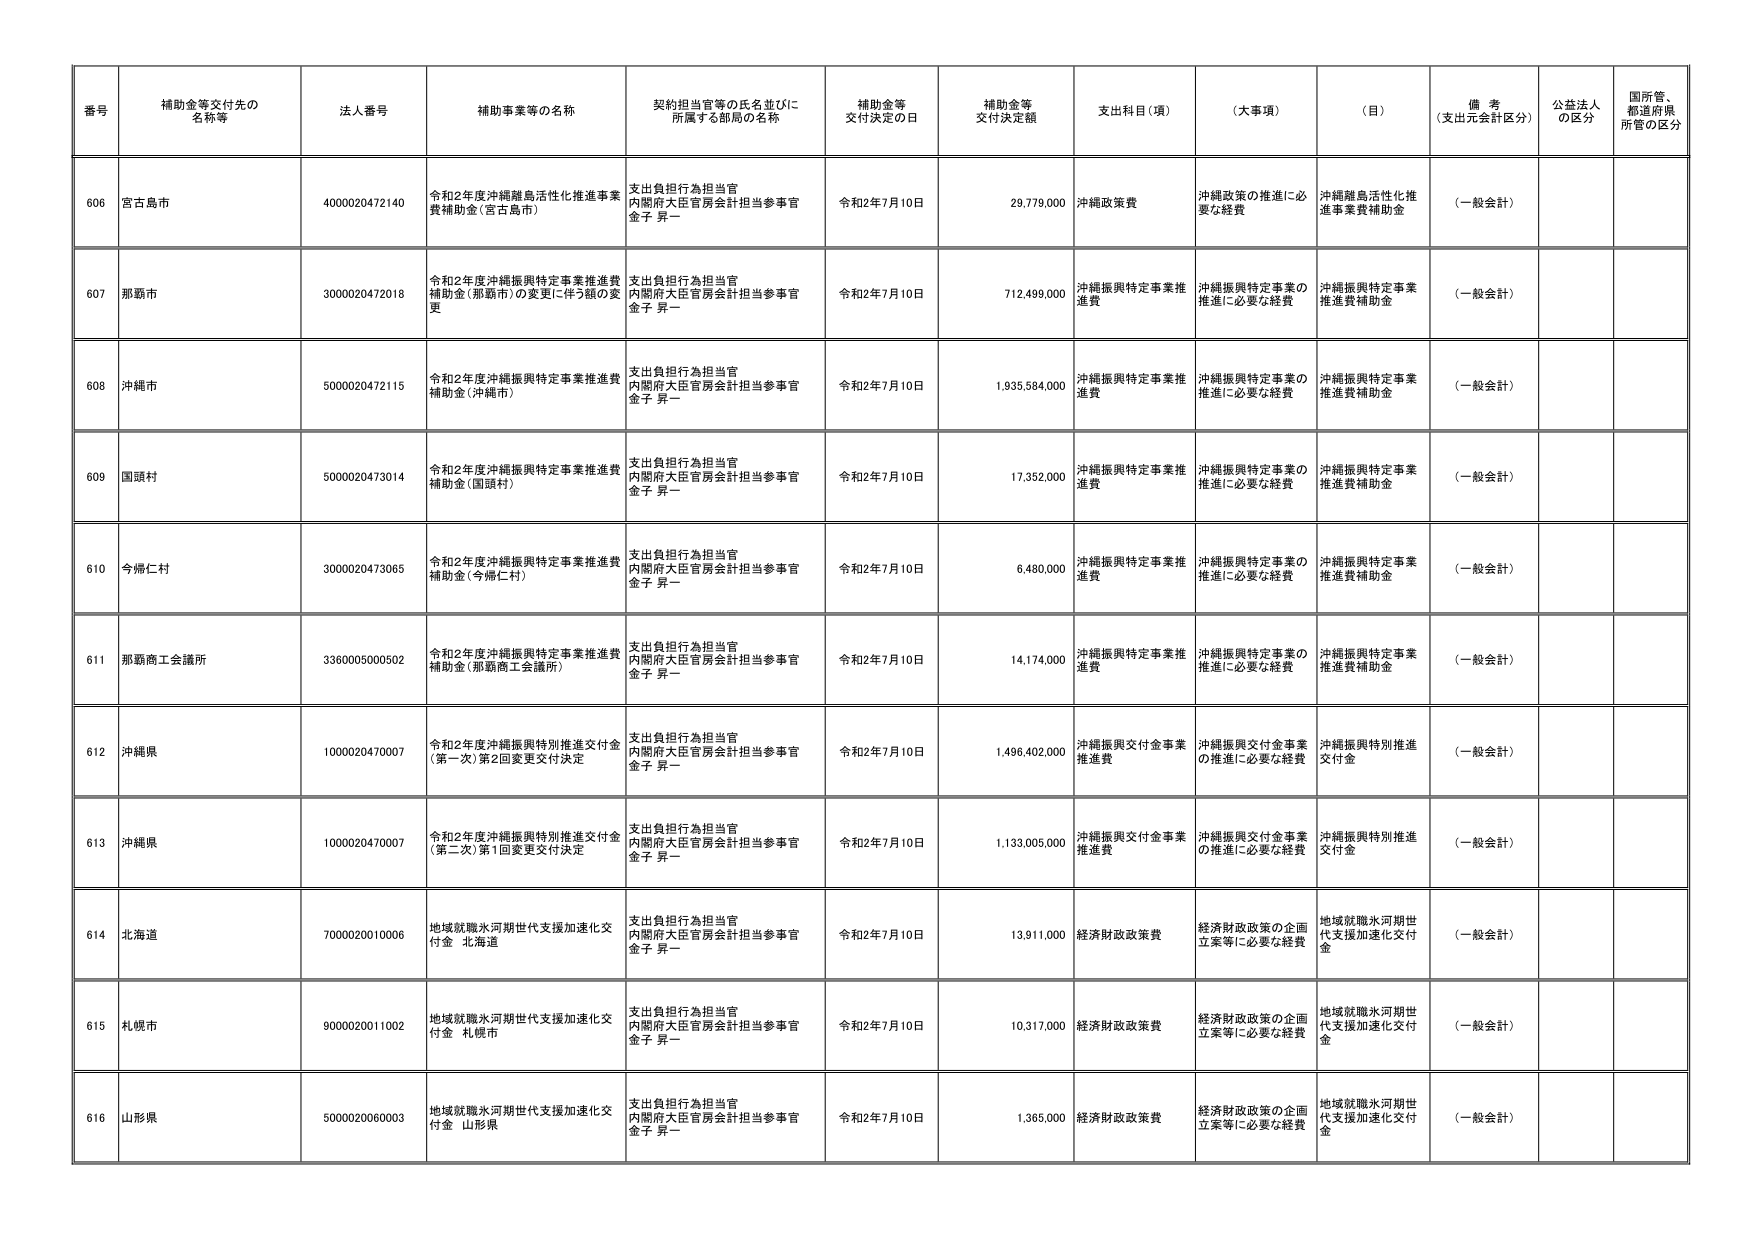
番号 補助金等交付先の名称等 法人番号 補助事業等の名称 契約担当官等の氏名並びに所属する部局の名称 補助金等交付決定の日 補助金等交付決定額 支出科目（項） （大事項） （目） 備考（支出元会計区分） 公益法人の区分 国所管、都道府県所管の区分
606 宮古島市 4000020472140 令和2年度沖縄離島活性化推進事業費補助金（宮古島市） 支出負担行為担当官 内閣府大臣官房会計担当参事官 金子 昇一 令和2年7月10日 29,779,000 沖縄政策費 沖縄政策の推進に必要な経費 沖縄離島活性化推進事業費補助金 （一般会計）
607 那覇市 3000020472018 令和2年度沖縄振興特定事業推進費補助金（那覇市）の変更に伴う額の変更 支出負担行為担当官 内閣府大臣官房会計担当参事官 金子 昇一 令和2年7月10日 712,499,000 沖縄振興特定事業推進費 沖縄振興特定事業の推進に必要な経費 沖縄振興特定事業推進費補助金 （一般会計）
608 沖縄市 5000020472115 令和2年度沖縄振興特定事業推進費補助金（沖縄市） 支出負担行為担当官 内閣府大臣官房会計担当参事官 金子 昇一 令和2年7月10日 1,935,584,000 沖縄振興特定事業推進費 沖縄振興特定事業の推進に必要な経費 沖縄振興特定事業推進費補助金 （一般会計）
609 国頭村 5000020473014 令和2年度沖縄振興特定事業推進費補助金（国頭村） 支出負担行為担当官 内閣府大臣官房会計担当参事官 金子 昇一 令和2年7月10日 17,352,000 沖縄振興特定事業推進費 沖縄振興特定事業の推進に必要な経費 沖縄振興特定事業推進費補助金 （一般会計）
610 今帰仁村 3000020473065 令和2年度沖縄振興特定事業推進費補助金（今帰仁村） 支出負担行為担当官 内閣府大臣官房会計担当参事官 金子 昇一 令和2年7月10日 6,480,000 沖縄振興特定事業推進費 沖縄振興特定事業の推進に必要な経費 沖縄振興特定事業推進費補助金 （一般会計）
611 那覇商工会議所 3360005000502 令和2年度沖縄振興特定事業推進費補助金（那覇商工会議所） 支出負担行為担当官 内閣府大臣官房会計担当参事官 金子 昇一 令和2年7月10日 14,174,000 沖縄振興特定事業推進費 沖縄振興特定事業の推進に必要な経費 沖縄振興特定事業推進費補助金 （一般会計）
612 沖縄県 1000020470007 令和2年度沖縄振興特別推進交付金（第一次）第2回変更交付決定 支出負担行為担当官 内閣府大臣官房会計担当参事官 金子 昇一 令和2年7月10日 1,496,402,000 沖縄振興交付金事業推進費 沖縄振興交付金事業の推進に必要な経費 沖縄振興特別推進交付金 （一般会計）
613 沖縄県 1000020470007 令和2年度沖縄振興特別推進交付金（第二次）第1回変更交付決定 支出負担行為担当官 内閣府大臣官房会計担当参事官 金子 昇一 令和2年7月10日 1,133,005,000 沖縄振興交付金事業推進費 沖縄振興交付金事業の推進に必要な経費 沖縄振興特別推進交付金 （一般会計）
614 北海道 7000020010006 地域就職氷河期世代支援加速化交付金 北海道 支出負担行為担当官 内閣府大臣官房会計担当参事官 金子 昇一 令和2年7月10日 13,911,000 経済財政政策費 経済財政政策の企画立案等に必要な経費 地域就職氷河期世代支援加速化交付金 （一般会計）
615 札幌市 9000020011002 地域就職氷河期世代支援加速化交付金 札幌市 支出負担行為担当官 内閣府大臣官房会計担当参事官 金子 昇一 令和2年7月10日 10,317,000 経済財政政策費 経済財政政策の企画立案等に必要な経費 地域就職氷河期世代支援加速化交付金 （一般会計）
616 山形県 5000020060003 地域就職氷河期世代支援加速化交付金 山形県 支出負担行為担当官 内閣府大臣官房会計担当参事官 金子 昇一 令和2年7月10日 1,365,000 経済財政政策費 経済財政政策の企画立案等に必要な経費 地域就職氷河期世代支援加速化交付金 （一般会計）